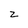
Character: Z